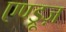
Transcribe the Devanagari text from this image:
एण्ड्रूज़